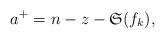
LaTeX: \begin{align*}a^+=n-z-\mathfrak{S}(f_k),\end{align*}